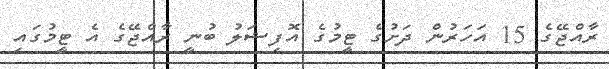
ރާއްޖޭގެ 15 އަހަރުން ދަށުގެ ޓީމުގެ އޮފިޝަލު ބުނީ ރާއްޖޭގެ އެ ޓީމުގައި